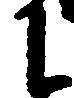
に